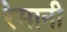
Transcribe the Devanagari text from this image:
रेमानी